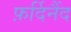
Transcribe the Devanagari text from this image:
फ़र्दिनैंद